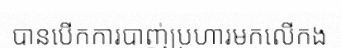
បានបើកការបាញ់ប្រហារមកលើកង